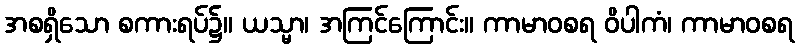
အစရှိသော စကားရပ်၌။ ယသ္မာ၊ အကြင်ကြောင်း။ ကာမာဝစရ ဝိပါကံ၊ ကာမာဝစရ